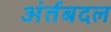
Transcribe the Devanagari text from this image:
अंर्तबदल